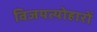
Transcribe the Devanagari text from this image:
विजयत्योहारों